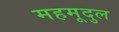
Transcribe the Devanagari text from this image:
महमूदुल